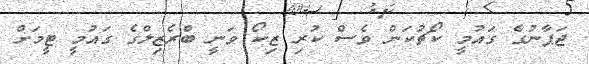
ޖަޕާނުގެ ގައުމީ ކޯޗުކަން ވެސް ކުރި ޒިކޯ ވަނީ ބްރެޒިލްގެ ގައުމީ ޓީމަށް